Tezpur Lunatic Asylum reports 1877-1894 - 1877-1894
Year: 1877
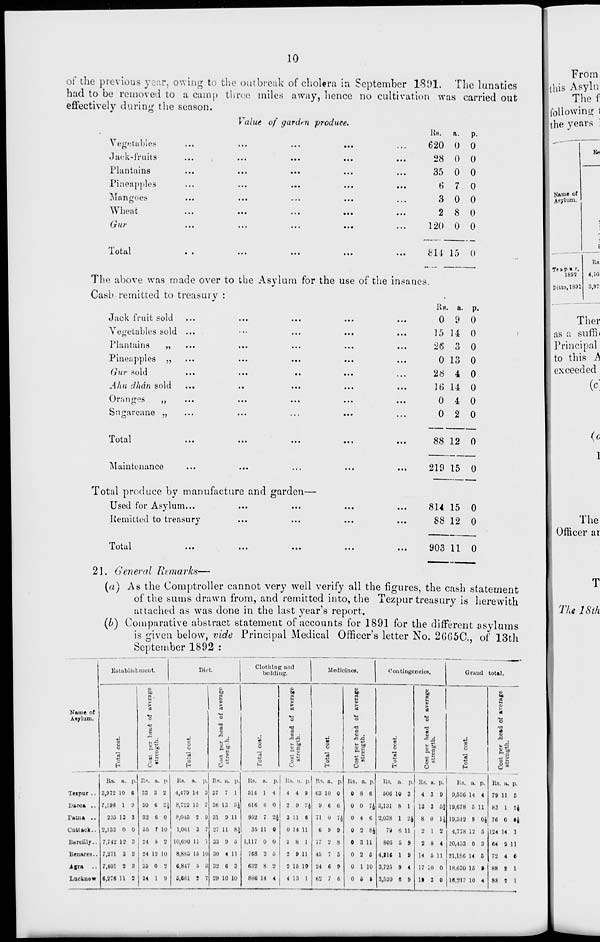
10
of the previous year, owing to the outbreak of cholera in September 1891. The lunatics
had to be removed to a camp throe miles away, hence no cultivation was carried out
effectively during the season.
Value of garden produce.
Vegetables
Jack-fruits
Plantains
Pineapples
Mangoes
Wheat
Our
Total
KH.
a.
p.
620 0 0
28 0 0
35 0 0
6 7 0
3 0 0
2 8 0
120 0 0
814 15 0
The above was made over to the Asylum for the use of the insaues.
Cash remitted to treasury :
Jack fruit sold
Vegetables sold
Plantains
Pineapples
(hir sold
Ahu dhdn sold
Oranges
,,
Sugarcane „
Total
5>
Maintenance
Total produce by manufacture and garden-
Used for Asylum...
Remitted to treasury
L Ot it 1
•••
•■•
• • •
KB. a. P
0 9 0
15 14 0
26 3 0
0 13 0
28 4 0
16 14 0
0 4 0
0 2 0
88 12 0
219 15 0
814 15 0
88 12 0
903 11 0
From
[this Asylu
Thef
l-ibllowin": 1
the years ]
K*
Name of
Asylum.
E
1893
Ditto, 1391
Rs
4,10:
3,97
Ther
as a sumi
Principal
to this A
exceeded
1
The
Officer ar
1. General Remarks—
(a) As the Comptroller cannot very well verify all the figures, the cash statement
of the sums drawn from, and remitted into, the Tezpur treasury is herewith
attached as was done in the last year's report.
(b) Comparative abstract statement of accounts for 1891 for the different asylums
is given below, vide Principal Medical Officer's letter No. 26G5C, of 13th
September 1892 :
Name of
Asylum.
Teipur ..
- - «. ..
Paint •.
C attack..
Bwrtiily..
Benares..
Agra
LucLuow
Establishment.
Diet.
Clothing and
beilding.
Medicines.
Contingencies
s
Rs. R.
3,972 10
7,198 1
236 13
2,133 0
7,742 12
7,271 3
7,401 2
6,276 11
•e
JLTa
o
H
to
13
.c
be
•c
p. IN. a. p,
33 3 2
30 6 24
32 C 0
05 r lu
24 5 2
24 19 10
35 0 S
34 1 B
Rs. a. P.
4,479 14 3
8,729 15 7
8,045 2 9
1,061 3 7
10,690 11 -
8,885 15 10
6,847 5 .:
6,661 ! V
IN. H.
37 7
36 13
31 9
27 11
33 9
30 4
32 6
29 10
]>•
1
II
8J
s
11
3
10
0)
t»
03
01
>
a
0
•d
■ 0 ■
AA
U 04
0
g 0
0
\ ■»
a
0
0
H
OJ
tl
CO
0>
S
T3
a
8"
o
o
es.
Grand total.
8 to
0>
tc
B
a
>
eS
1
o
o
"3
o
IN. a.
511 1
(ilfi t;
952 7
35 11
1,117 0
768 2
632 8
886 14
P-1
4
0
tft
0 I
0
0
o
IN. 11
4 4
2 9
3 11
0 14
3 8
2 9
2 15
4 13
Rs. a. p. Rs. a. p,
03 10 0
0 8 6
9 6 6
0 0 74
71 U <i 0 4 8
6 9 9
0 2 84
;? 9 8
0 3 11
45 7 3
0 2 6
24 6 9
0 1 10
69 1 6
0 i t
Rs. a. p.I Rs. a. p.
606 10 3
4 3 9
3,131 8 1
13 3 5J|
2,038 1 24 8 0 14
79 (i 11
L> I 2
805 6 9
2 8 4
4,116 1 9 14 oil
3,726 9 4 17 10 0
3,530 6 9 1» 3 0
Rs. a. p.
9,530 14 4
19,678 5 11
19,342 9 04
4,778 12 6
.'0,433 0 3
21,186 14 5
18,030 15 9
16,217 10 4
o
IN. a. p.
79 11 3
«3 1 24
76 0 «4
124 14 1
64 2 11
72 4 0
88 I 1
88 1 I
T
The 18th